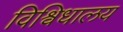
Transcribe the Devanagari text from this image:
विश्विधालय